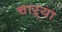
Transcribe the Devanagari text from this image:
चाऱ्या